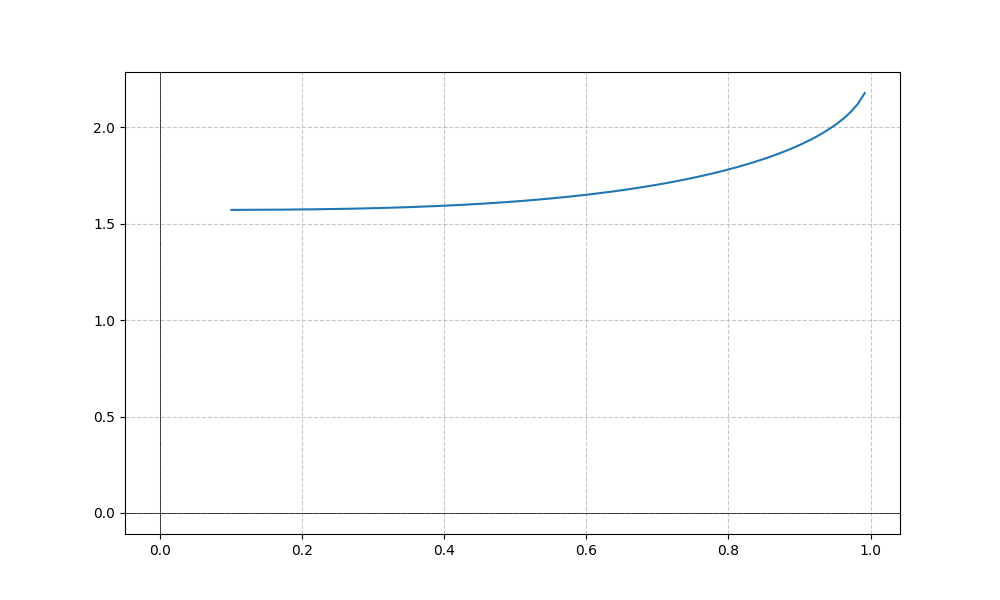
LaTeX formula: - \sin{\left(x \right)} + \operatorname{acos}{\left(- x \right)}